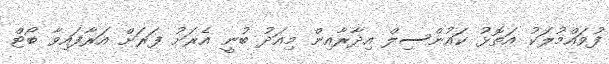
ފުވައްމުލަކު އަތޮޅު ކައުންސިލް އިދާރާއިން މިއަދު ބުނީ އެރަށު ފަރަށް އަރާފައިވާ ބޯޓް